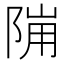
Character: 𱀙